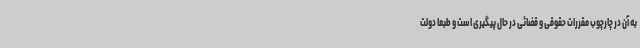
به آن در چارچوب مقررات حقوقی و قضائی در حال پیگیری است و طبعا دولت